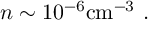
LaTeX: n \sim 1 0 ^ { - 6 } \mathrm { c m ^ { - 3 } } \ .